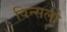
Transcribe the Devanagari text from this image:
विन्सलो